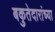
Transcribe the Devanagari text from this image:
बकुतेदारांच्या